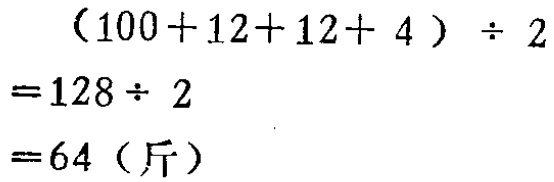
\[
\begin{align*}
&(100 + 12+12 + 4)\div2\\
=&128\div2\\
=&64 (\text{斤})
\end{align*}
\]